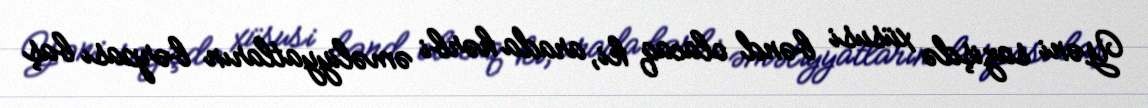
Yəni sazişdə xüsusi bənd olacaq ki, arada hərbi əməliyyatların bərpası baş